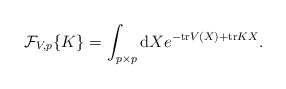
\begin{align*}{\cal F}_{V,p}\{K\}=\int_{p\times p}{\rm d}Xe^{-{\rm tr}V(X)+{\rm tr}KX}.\end{align*}